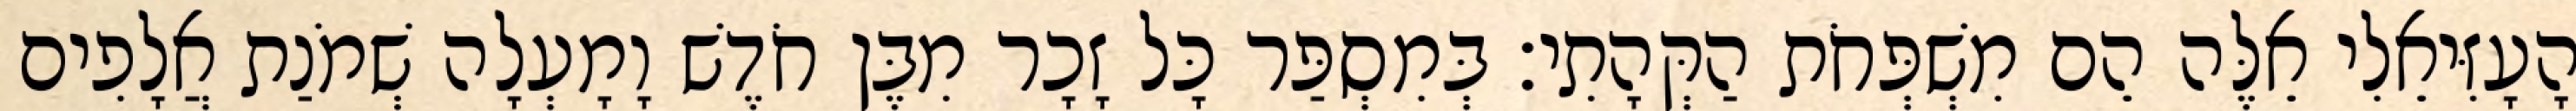
הָעָזִּיאֵלִי אֵלֶּה הֵם מִשְׁפְּחֹת הַקְּהָתִי׃ בְּמִסְפַּר כָּל זָכָר מִבֶּן חֹדֶשׁ וָמָעְלָה שְׁמֹנַת אֲלָפִים